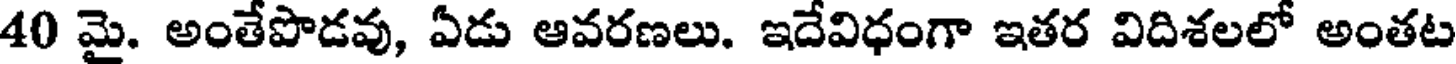
40 మై. అంతేపొడవు, ఏడు ఆవరణలు. ఇదేవిధంగా ఇతర విదిశలలో అంతట